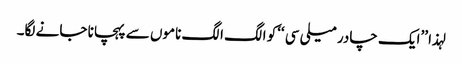
لہذا ’’ایک چادر میلی سی ‘‘کو الگ الگ ناموں سے پہچانا جانے لگا۔